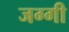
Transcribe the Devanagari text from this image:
जग्‍गी